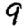
Digit: 9